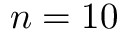
n = 1 0